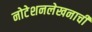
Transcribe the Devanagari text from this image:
नोटेशनलेखनाची